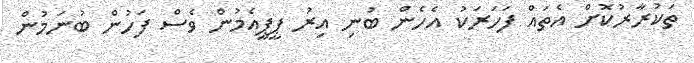
ތަކުރާރުކޮށް އެތައް ފަހަރަކު އެހެން ބުނި އިރު ޕީޕީއެމުން ވެސް ފަހުން ބުނަމުން